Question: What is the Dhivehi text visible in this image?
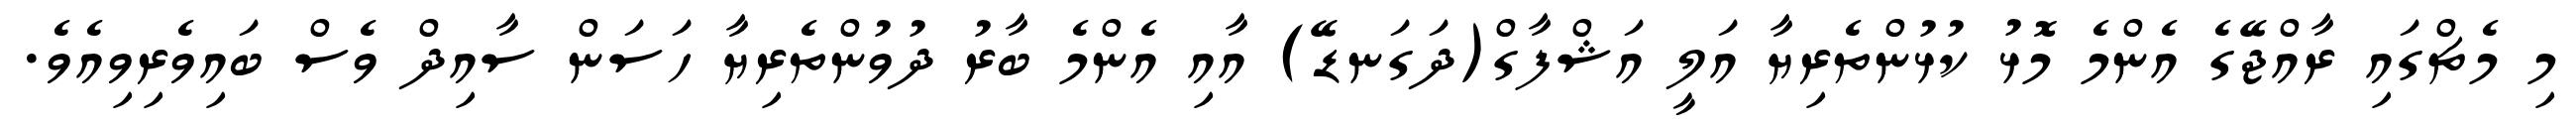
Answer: މި މެޗްގައި ރާއްޖޭގެ އެންމެ މޮޅު ކުޅުންތެރިޔާ އަލީ އަޝްފާގް(ދަގަނޑޭ) އާއި އެންމެ ބާރު ދުވުންތެރިޔާ ހަސަން ސާއިދް ވެސް ބައިވެރިވިއެވެ.